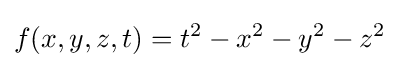
f(x,y,z,t)=t^{2}-x^{2}-y^{2}-z^{2}